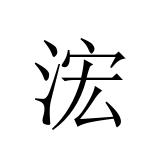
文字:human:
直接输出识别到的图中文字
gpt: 浤